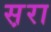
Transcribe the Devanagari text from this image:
स़रा